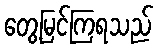
တွေ့မြင်ကြရသည်